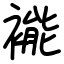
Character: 褦